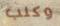
وكلب